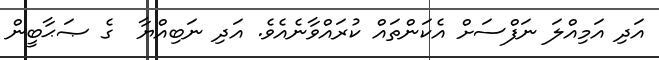
އަދި އަމިއްލަ ނަފްސަށް އެކަންތައް ކުރައްވާނެއެވެ. އަދި ނަބިއްޔާ  ގެ ޞަޙާބީން